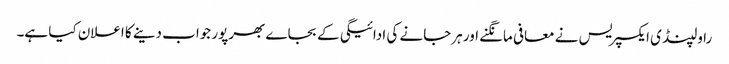
راولپنڈی ایکسپریس نے معافی مانگنے اور ہرجانے کی ادائیگی کے بجاے بھرپور جواب دینے کا اعلان کیا ہے۔